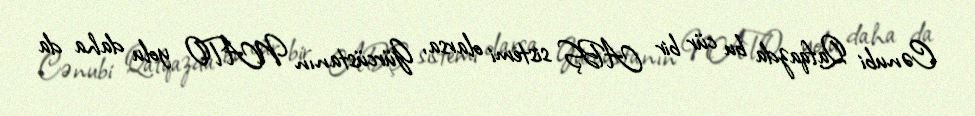
Cənubi Qafqazda bu cür bir ABŞ sistemi olarsa, Gürcüstanın NATO yolu daha da